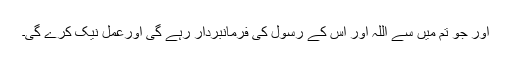
اور جو تم میں سے اللہ اور اس کے رسول کی فرمانبردار رہے گی اورعمل نیک کرے گی۔